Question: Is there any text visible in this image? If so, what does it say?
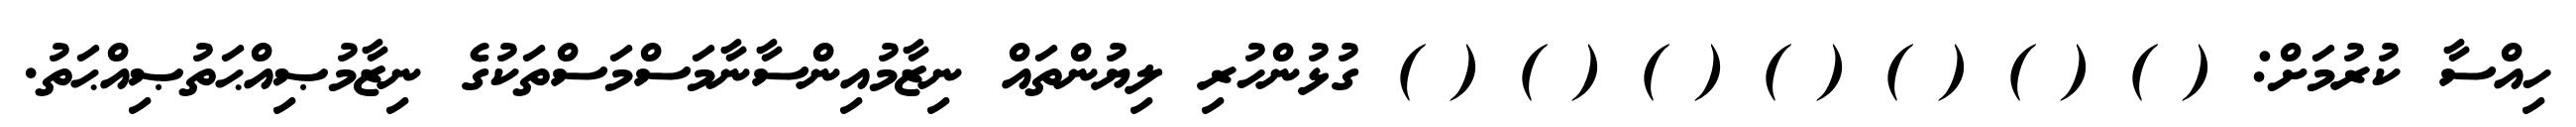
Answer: ހިއްސާ ކުރުމަށް: ( ) ( ) ( ) ( ) ( ) ( ) ( ) ގުޅުންހުރި ލިޔުންތައް ނިޒާމުއިންސާނާމަސްމަސްތަކުގެ ނިޒާމުޞިއްޙަތުޞިއްޙަތު.